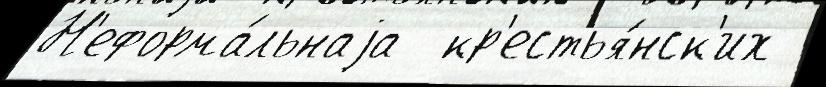
Н'еформа́льнаjа  кр'естья́нск'их